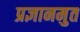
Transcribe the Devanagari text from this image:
प्रज्ञानमुत